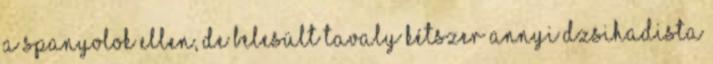
a spanyolok ellen, de belesült Tavaly kétszer annyi dzsihadista